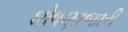
ઘોષણાજારી